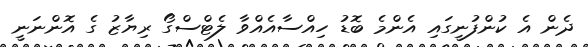
ދެން އެ ކުންފުނީގައި އެންމެ ބޮޑު ހިއްސާއެއްވާ ލެޓްސްގޯ ރިޔާޒު ގެ އޮންނަނީ